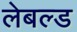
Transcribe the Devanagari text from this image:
लेबल्ड